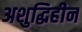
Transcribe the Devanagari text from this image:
अशुद्धिहीन